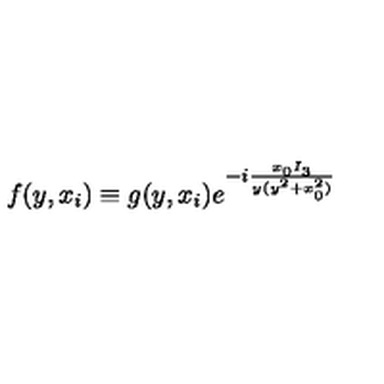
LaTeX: f ( y , x _ { i } ) \equiv g ( y , x _ { i } ) e ^ { - i \frac { x _ { 0 } I _ { 3 } } { y ( y ^ { 2 } + x _ { 0 } ^ { 2 } ) } }